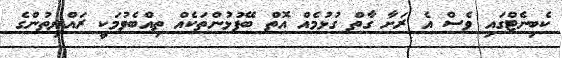
ކެބިނެޓްގައި ވެސް އެ ރަށާ ގާތް ގުޅުމެއް އޮތް ބޭފުޅުންތަކެއް ތިއްބެވުމަކީ ރައްޔިތުންގެ